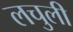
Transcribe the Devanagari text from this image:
लचुली